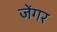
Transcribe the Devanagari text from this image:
जेंगर